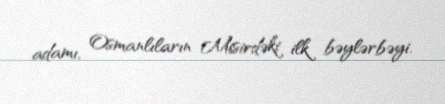
adamı, Osmanlıların Misirdəki ilk bəylərbəyi.